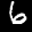
Label: 6